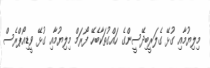
މިލިޔުމާއި ގުޅޭ ގެލަރީބިދޭސީންގެ ހައްގުތަކާބެހޭ ފޯރަމް މިލިޔުމާއި ގުޅޭ ވީޑިއޯޕްރެސް